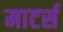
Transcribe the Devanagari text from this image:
माटर्स